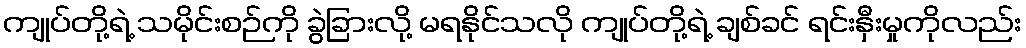
ကျုပ်တို့ရဲ့ သမိုင်းစဉ်ကို ခွဲခြားလို့ မရနိုင်သလို ကျုပ်တို့ရဲ့ ချစ်ခင် ရင်းနှီးမှုကိုလည်း